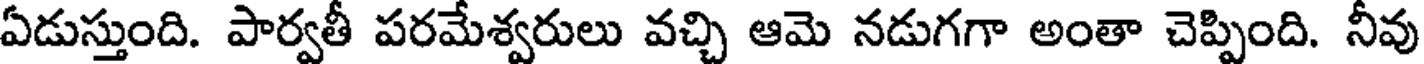
ఏడుస్తుంది. పార్వతీ పరమేశ్వరులు వచ్చి ఆమె నడుగగా అంతా చెప్పింది. నీవు